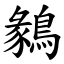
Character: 鶨